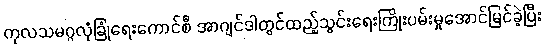
ကုလသမဂ္ဂလုံခြုံရေးကောင်စီ အာဂျင်ဒါတွင်ထည့်သွင်းရေးကြိုးပမ်းမှုအောင်မြင်ခဲ့ပြီး